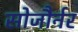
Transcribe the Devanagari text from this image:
सोजौर्नर